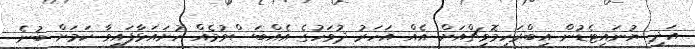
އަދި ޔުނައިޓެޑުން އިބްރަހިމޮވިޗްއަށް އެއް އަހަރު ދުވަހުގެ އެއްބަސްވުމެއް ހުށައަޅާފައިވާ ކަމަށް ބުނެ